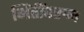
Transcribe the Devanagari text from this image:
भिंतींवरुन